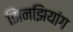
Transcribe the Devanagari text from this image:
झिनझियांग